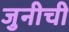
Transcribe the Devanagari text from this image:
जुनीची